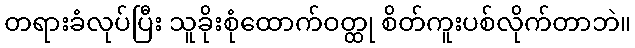
တရားခံလုပ်ပြီး သူခိုးစုံထောက်ဝတ္ထု စိတ်ကူးပစ်လိုက်တာဘဲ။